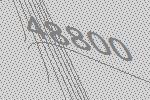
48800